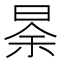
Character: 𱢆